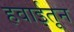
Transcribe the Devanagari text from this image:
हवाईतून